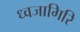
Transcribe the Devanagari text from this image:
ध्वजागिरि